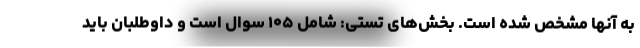
به آنها مشخص شده است. بخش‌های تستی: شامل ۱۰۵ سوال است و داوطلبان باید